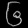
Digit: ၆